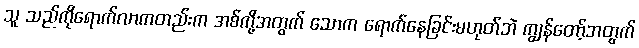
သူ သည်ကိုရောက်လာကတည်းက အစ်ကို့အတွက် သောက ရောက်နေခြင်းမဟုတ်ဘဲ ကျွန်တော့်အတွက်